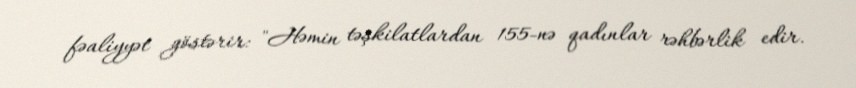
fəaliyyət göstərir: "Həmin təşkilatlardan 155-nə qadınlar rəhbərlik edir.